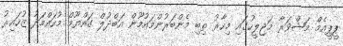
ޕީޕީއެމް މަޝްވަރާ މަޖިލީހުގައި މިހާރު ތިބި މެންބަރުންމައުމޫން އަބްދުލް ގައްޔޫމް މުހައްމަދު ޒުހައިރު